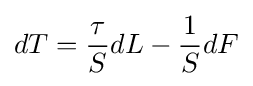
{\begin{aligned}dT={\frac {\tau }{S}}dL-{\frac {1}{S}}dF\end{aligned}}